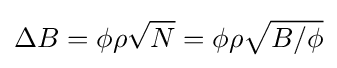
\Delta B=\phi \rho {\sqrt {N}}=\phi \rho {\sqrt {B/\phi }}